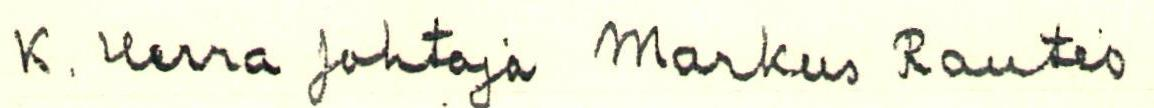
K. Herra Johtaja Markus Rautio